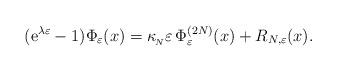
LaTeX: \begin{align*}(\mathrm{e}^{\lambda \varepsilon}-1)\Phi_{\varepsilon}(x)=\kappa_{_{\!N}}\varepsilon\,\Phi_{\varepsilon}^{(2N)}(x)+R_{N,\varepsilon}(x).\end{align*}